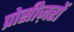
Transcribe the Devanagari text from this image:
प्रोसीज़रों